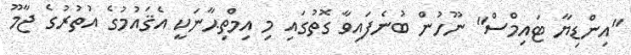
"އިންޑިޔާ ޓައިމްސް" ނޫހުން ބުނެފައިވާ ގޮތުގައި މި އިމްތިޙާނަކީ އެޤައުމުގެ އުތުރުގެ ޖާމޫ